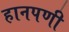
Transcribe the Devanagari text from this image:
हानपणी